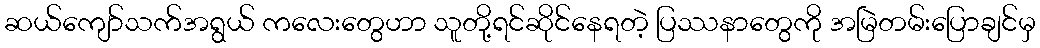
ဆယ်ကျော်သက်အရွယ် ကလေးတွေဟာ သူတို့ရင်ဆိုင်နေရတဲ့ ပြဿနာတွေကို အမြဲတမ်းပြောချင်မှ